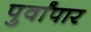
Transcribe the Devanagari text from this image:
पुर्वांपार